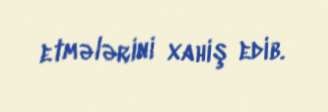
etmələrini xahiş edib.